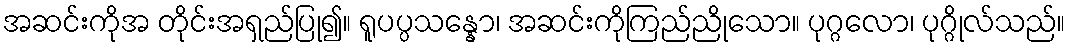
အဆင်းကိုအ တိုင်းအရှည်ပြု၍။ ရူပပ္ပသန္နော၊ အဆင်းကိုကြည်ညိုသော။ ပုဂ္ဂလော၊ ပုဂ္ဂိုလ်သည်။